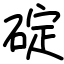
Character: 碇